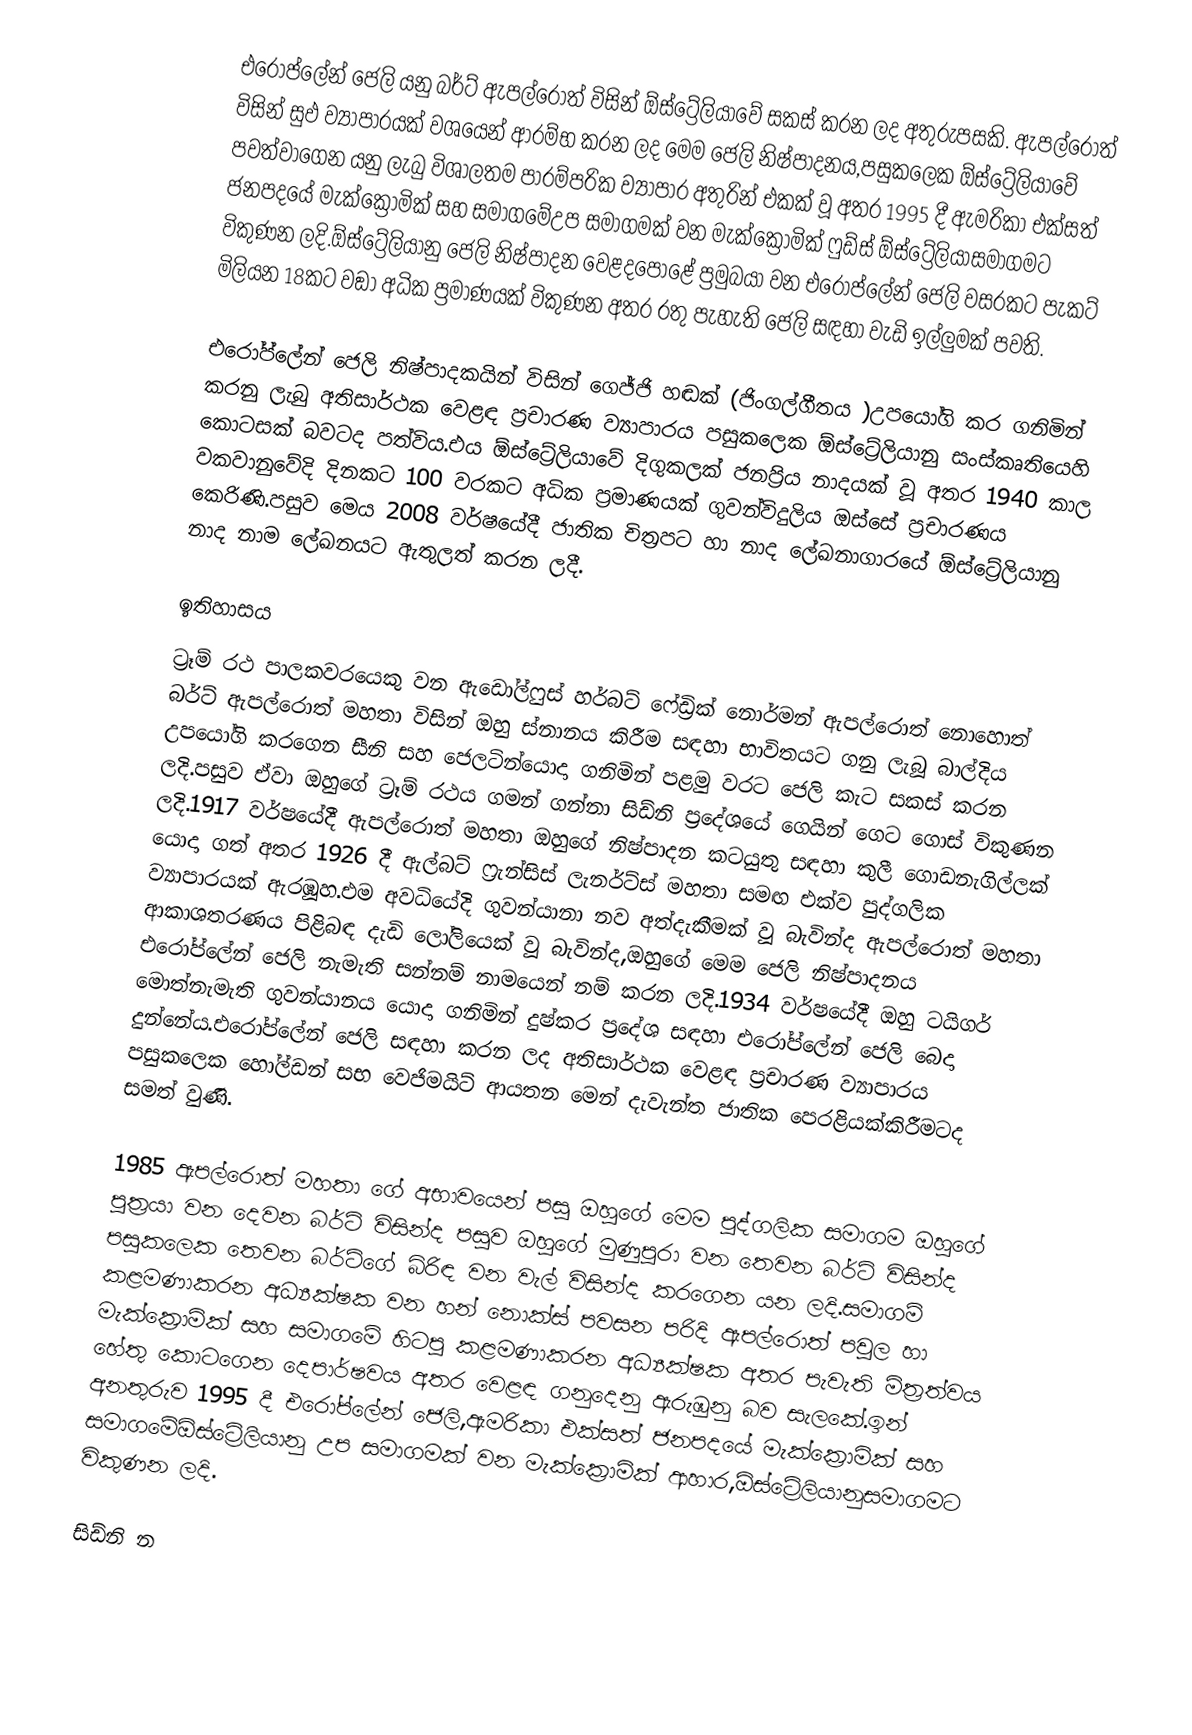
එරෝප්ලේන් ජෙලි යනු බර්ට් ඇපල්රොත් විසින් ඕස්ට්‍රේලියාවේ සකස් කරන ලද අතුරුපසකි. ඇපල්රොත් විසින් සුඵ ව්‍යාපාරයක් වශයෙන් ආරම්භ කරන ලද මෙම ජෙලි නිෂ්පාදනය,පසුකලෙක ඕස්ට්‍රේලියාවේ පවත්වාගෙන යනු ලැබු විශාලතම පාරම්පරික ව්‍යාපාර අතුරින් එකක් වූ අතර 1995 දී ඇමරිකා එක්සත් ජනපදයේ මැක්ක්‍රොමික් සහ සමාගමේඋප සමාගමක් වන මැක්ක්‍රොමික් ෆුඩ්ස් ඕස්ට්‍රේලියාසමාගමට විකුණන ලදි.ඕස්ට්‍රේලියානු ජෙලි නිෂ්පාදන වෙළදපොළේ ප්‍රමුබයා වන එරෝප්ලේන් ජෙලි වසරකට පැකට් මිලියන 18කට වඞා අධික ප්‍රමාණයක් විකුණන අතර රතු පැහැති ජෙලි සඳහා වැඩි ඉල්ලුමක් පවති.

එරෝප්ලේන් ජෙලි නිෂ්පාදකයින් විසින් ගෙජ්ජි හඬක් (ජිංගල්ගීතය )උපයෝගි කර ගනිමින් කරනු ලැබු අතිසාර්ථක වෙළඳ ප්‍රචාරණ ව්‍යාපාරය පසුකලෙක ඕස්ට්‍රේලියානු සංස්කෘතියෙහි කොටසක් බවටද පත්විය.එය ඕස්ට්‍රේලියාවේ දිගුකලක් ජනප්‍රිය නාදයක් වූ අතර 1940  කාල වකවානුවේදි දිනකට 100 වරකට අධික ප්‍රමාණයක් ගුවන්විදුලිය ඔස්සේ ප්‍රචාරණය කෙරිණි.පසුව මෙය 2008 වර්ෂයේදී ජාතික චිත්‍රපට හා නාද ලේඛනාගාරයේ ඕස්ට්‍රේලියානු නාද නාම ලේඛනයට ඇතුලත් කරන ලදී.

ඉතිහාසය
ට්‍රෑම් රථ පාලකවරයෙකු වන ඇඩෝල්ෆුස් හර්බට් ෆේඩ්‍රික් නොර්මන් ඇපල්රොත් නොහොත් බර්ට් ඇපල්රොත් මහතා විසින් ඔහු ස්නානය කිරීම සඳහා භාවිතයට ගනු ලැබූ බාල්දිය උපයෝගි කරගෙන සීනි සහ ජෙලටින්යොදා ගනිමින් පළමු වරට ජෙලි කැට සකස් කරන ලදි.පසුව ඒවා ඔහුගේ ට්‍රෑම් රථය ගමන් ගන්නා සිඩ්නි ප්‍රදේශයේ ගෙයින් ගෙට ගොස් විකුණන ලදි.1917 වර්ෂයේදී ඇපල්රොත් මහතා ඔහුගේ නිෂ්පාදන කටයුතු සඳහා කුලී ගොඩනැගිල්ලක් යොදා ගත් අතර 1926 දී ඇල්බට් ෆ්‍රැන්සිස් ලැනර්ට්ස් මහතා සමඟ එක්ව පුද්ගලික ව්‍යාපාරයක් ඇරඹූහ.එම අවධියේදි ගුවන්යානා නව අත්දැකීමක් වූ බැවින්ද ඇපල්රොත් මහතා ආකාශතරණය  පිළිබඳ දැඩි ලෝලියෙක් වූ බැවින්ද,ඔහුගේ මෙම ජෙලි නිෂ්පාදනය එරෝප්ලේන් ජෙලි නැමැති සන්නම් නාමයෙන් නම් කරන ලදි.1934 වර්ෂයේදී ඔහු ටයිගර් මොත්නැමැති ගුවන්යානය යොදා ගනිමින් දුෂ්කර ප්‍රදේශ සඳහා එරෝප්ලේන් ජෙලි බෙදා දුන්නේය.එරෝප්ලේන් ජෙලි සඳහා කරන ලද අතිසාර්ථක වෙළඳ ප්‍රචාරණ ව්‍යාපාරය පසුකලෙක හෝල්ඩන් සභ වෙජිමයිට්  ආයතන මෙන් දැවැන්ත ජාතික පෙරළියක්කිරීමටද සමත් වුණි.

1985 ඇපල්රොත් මහතා ගේ අභාවයෙන් පසු ඔහුගේ මෙම පුද්ගලික සමාගම ඔහුගේ පුත්‍රයා වන දෙවන බර්ට් විසින්ද පසුව ඔහුගේ මුණුපුරා වන තෙවන බර්ට් විසින්ද පසුකලෙක තෙවන  බර්ට්ගේ බිරිඳ වන වැල් විසින්ද කරගෙන යන ලදි.සමාගම් කළමණාකරන අධ්‍යක්ෂක වන හන් නොක්ස් පවසන පරිදි ඇපල්රොත් පවුල හා මැක්ක්‍රොමික් සහ සමාගමේ හිටපු කළමණාකරන අධ්‍යක්ෂක අතර පැවැති මිත්‍රත්වය හේතු කොටගෙන දෙපාර්ෂවය අතර වෙළඳ ගනුදෙනු ඇරුඹුනු බව සැලකේ.ඉන් අනතුරුව 1995 දී එරෝප්ලේන් ජෙලි,ඇමරිකා එක්සත් ජනපදයේ මැක්ක්‍රොමික් සහ සමාගමේඕස්ට්‍රේලියානු උප සමාගමක් වන මැක්ක්‍රොමික් ආහාර,ඕස්ට්‍රේලියානුසමාගමට විකුණන ලදි.

සිඩ්නි න